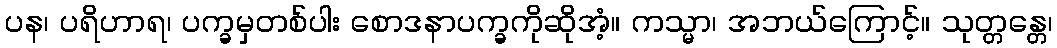
ပန၊ ပရိဟာရ၊ ပက္ခမှတစ်ပါး စောဒနာပက္ခကိုဆိုအံ့။ ကသ္မာ၊ အဘယ်ကြောင့်။ သုတ္တန္တေ၊